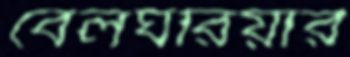
বেলঘরিয়ার